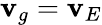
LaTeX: {\mathbf{v}}_{g}={\mathbf{v}}_{E}